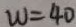
w = 4 0